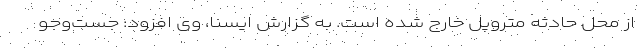
از محل حادثه متروپل خارج شده است. به گزارش ایسنا، وی افزود: جست‌وجو